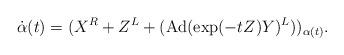
LaTeX: \begin{align*}\dot{\alpha}(t)=(X^R+Z^L+(\operatorname{Ad}(\exp (-tZ)Y)^L))_{\alpha(t)}.\end{align*}